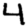
Digit: 4